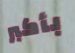
بأكبر